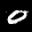
Label: 0